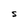
Character: S